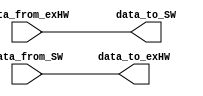
module ex_interface
(
	input [7:0]data_from_exHW, 
	input [7:0]data_from_SW,
	output [7:0]data_to_exHW, 
	output [7:0]data_to_SW 
);

assign data_to_exHW = data_from_SW;
assign data_to_SW = data_from_exHW;


endmodule